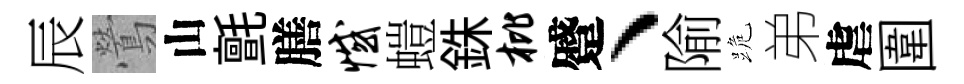
辰鶯山氈膳憾螘銖枇蹙、隃跪弟虐圍